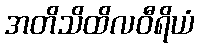
အတိသိထိလဝီရိယံ